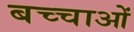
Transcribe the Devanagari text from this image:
बच्चाओं